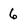
Character: 6